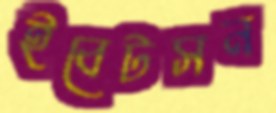
ইবেটসন